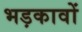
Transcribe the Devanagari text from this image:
भड़कावों